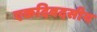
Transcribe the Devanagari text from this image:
एकदिवदसीय